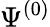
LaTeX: \Psi^{(0)}